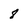
Character: 8